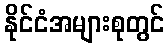
နိုင်ငံအများစုတွင်